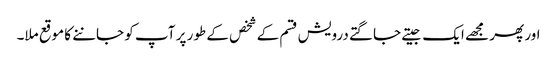
اور پھر مجھے ایک جیتے جاگتے درویش قسم کے شخص کے طور پر آپ کو جاننے کا موقع ملا۔